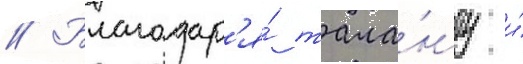
// Благодар'я́ тала́нту и́